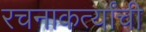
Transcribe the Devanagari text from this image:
रचनाकर्त्यांची